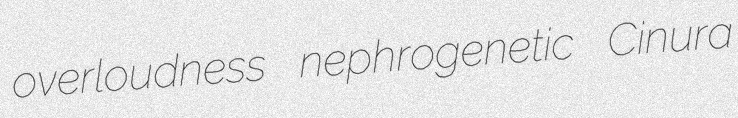
overloudness nephrogenetic Cinura